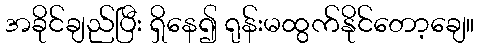
အခိုင်ချည်ပြီး ရှိနေ၍ ရုန်းမထွက်နိုင်တော့ချေ။